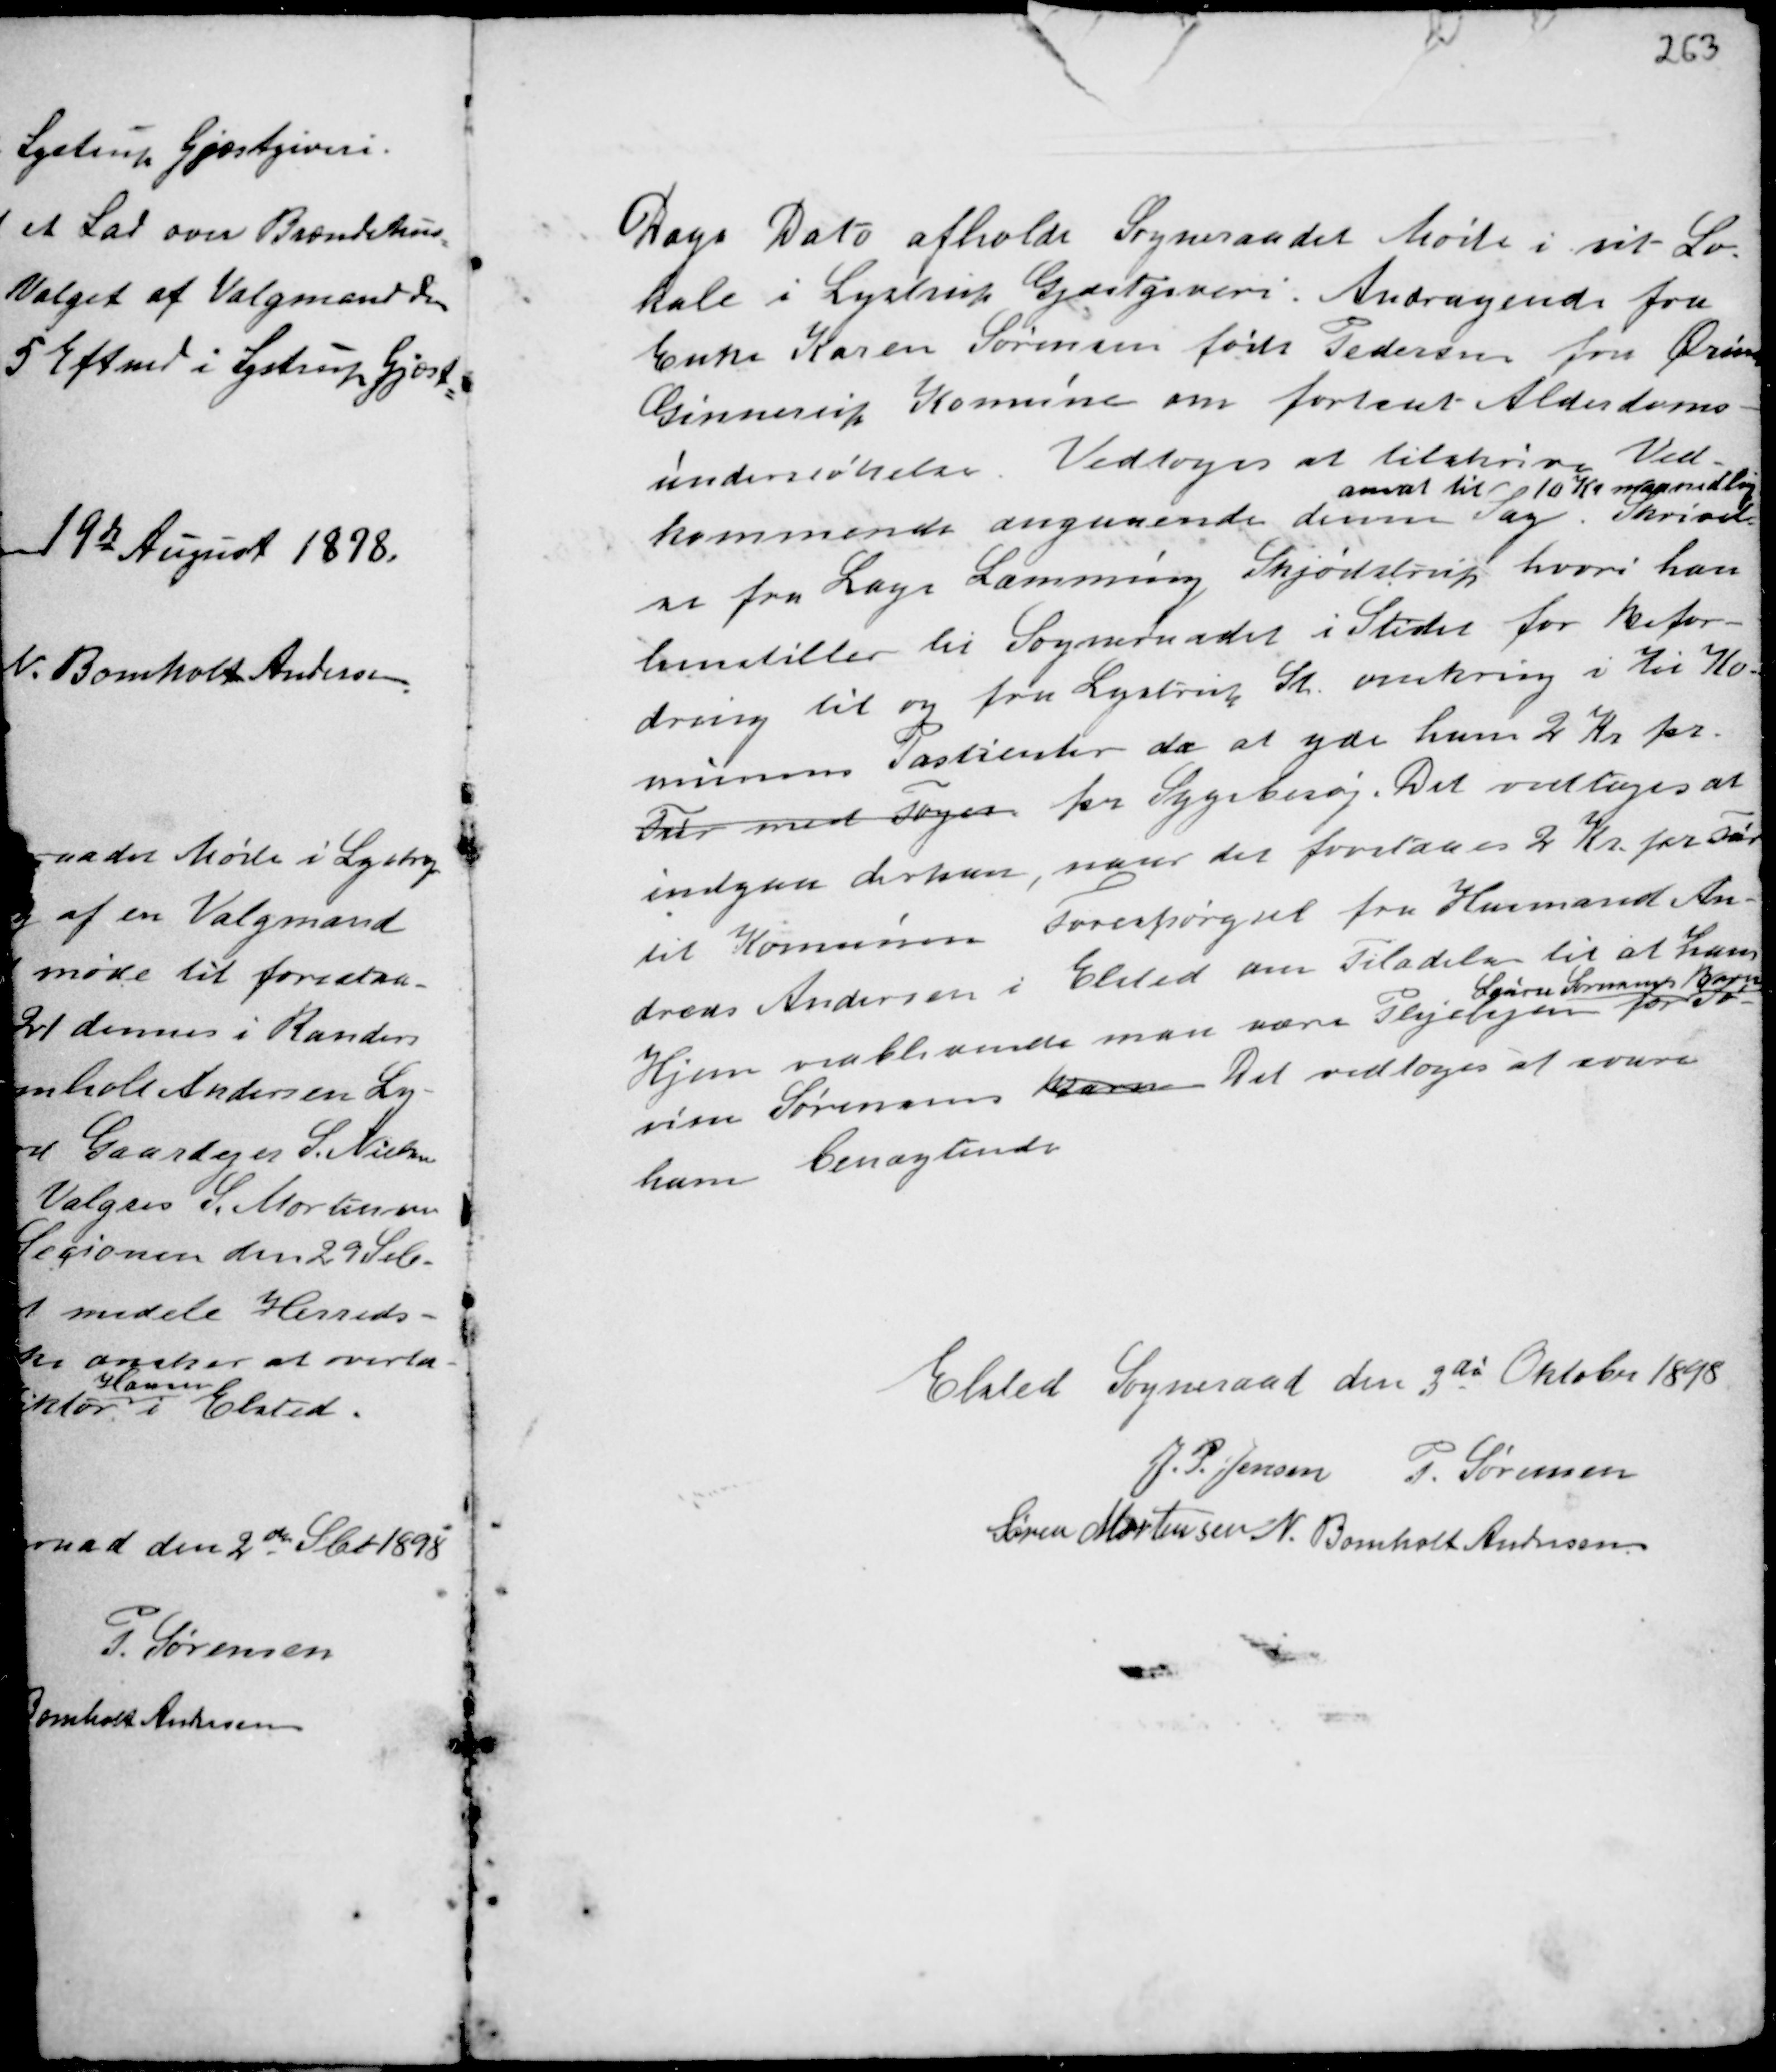
Transskription:
Dags Dato afholdt Sogneraadet Møde i sit Lo-
kale i Lystrup Gjæstgiveri. Andragende fra
Enke Karen Sørensen født Pedersen for Ørum
Ginnerup Komune om fortsat Alderdoms-
understøttelse. Vedtoges at tilskrive Ved-
kommende angaaende denne Sag
ansat til 10 Kr maanedlig.
Skrivel-
se fra Læge Lemming Skjødstrup hvori han
henstiller til Sogneraadet i Stedet for Befor-
dring til og fra Lystrup St. omkring i xx Ko-
munens Patienter da at yde ham 2 Kr pr.
Tur med Vognen fsr Sygebesøg. Det vedtoges at
indgaa derpaa, naar det forstaaes 2 Kr. pr Kør
til Komunen. Forespørgsel fra Husmand An-
dreas Andersen i Elsted om Tiladelse til at Hans
Hjem vedblivende maa være Plejehjem for
Laura S....... Barn
Jo-
v...... Sørensens Karen. Det vedtoges at svare
ham benægtende

Elsted Sogneraad den 3die Oktober 1898
J. P. Jensen P. Sørensen
Søren Mortensen N. Bomholt Andersen